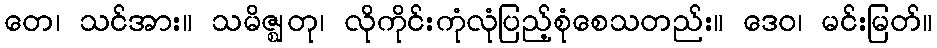
တေ၊ သင်အား။ သမိဇ္ဈတု၊ လိုကိုင်းကုံလုံပြည့်စုံစေသတည်း။ ဒေဝ၊ မင်းမြတ်။